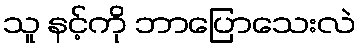
သူ နင့်ကို ဘာပြောသေးလဲ